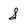
Character: S